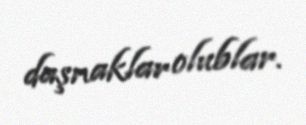
daşnaklar olublar.